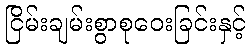
ငြိမ်းချမ်းစွာစုဝေးခြင်းနှင့်